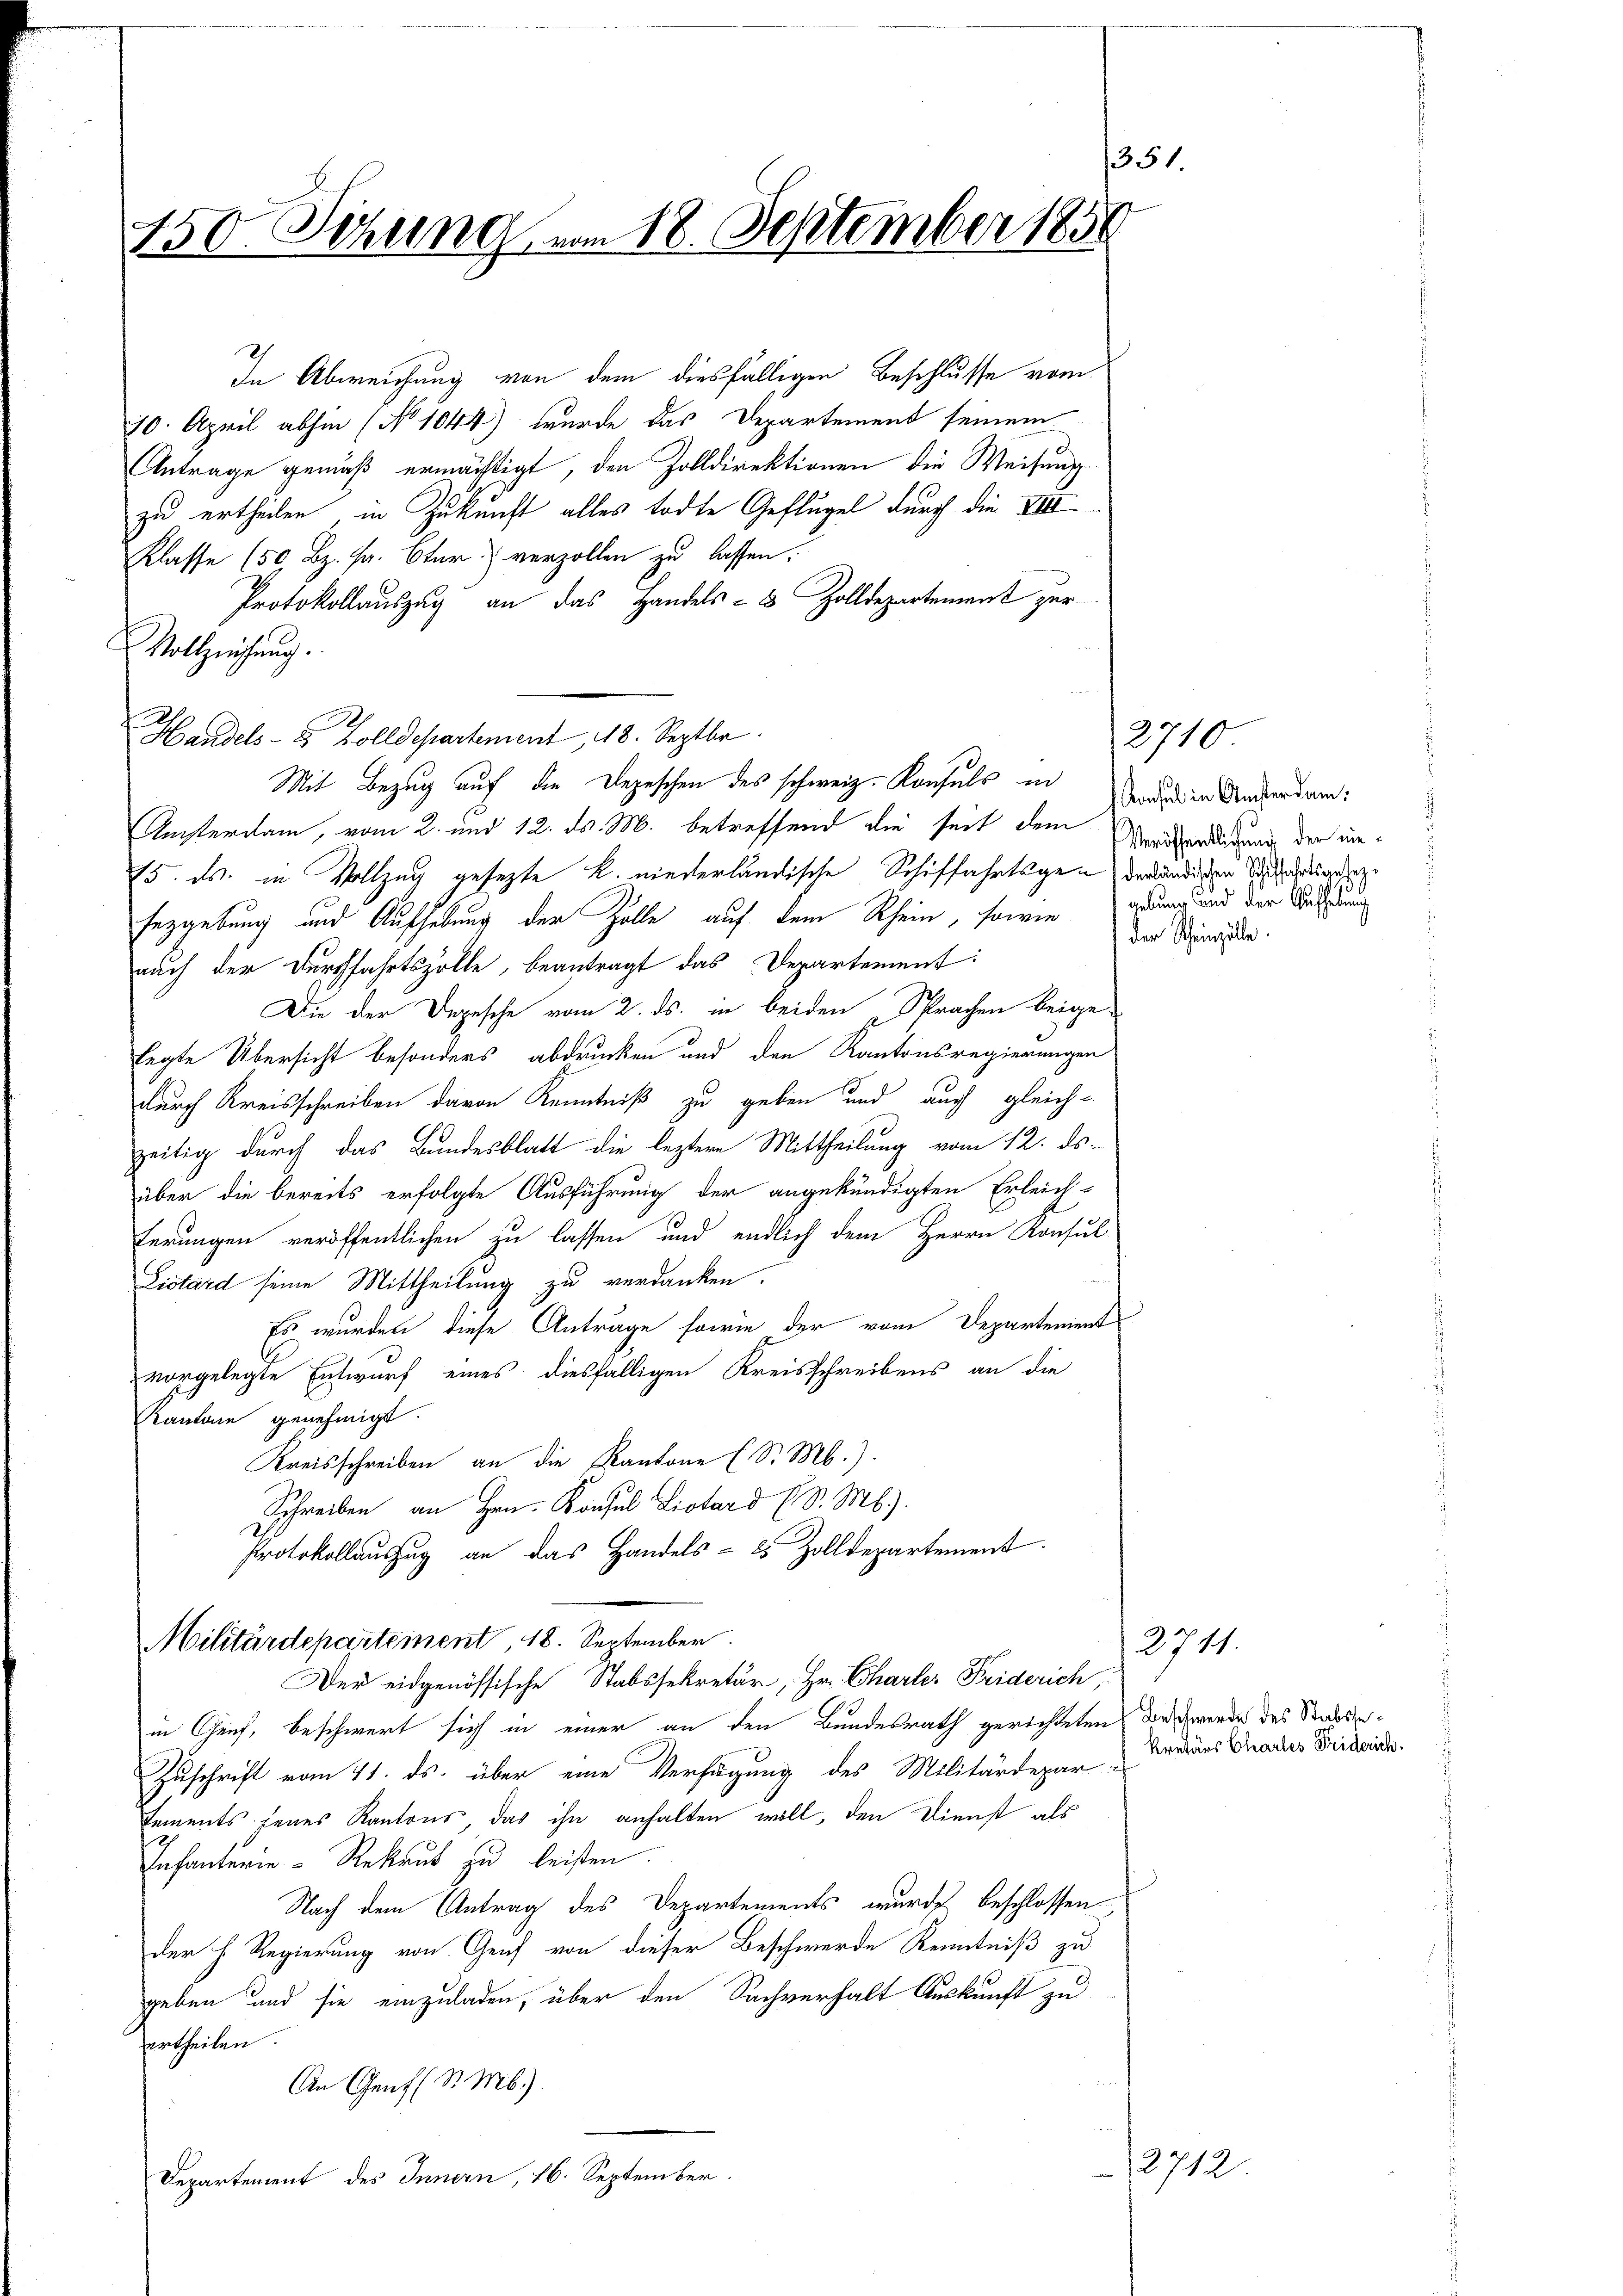
351
150. Sitzung vom 18. September 1850

In Abweichung von dem diesfälligen Beschlusse vom
10. April abhin (No 1044) wurde das Departement seinem
Antrage gemäß ermächtigt, den Zolldirektionen die Weiseng
zu ertheilen, in Zukunft alles todte Geflügel durch die VIII
Klasse (50 Bz. fr. Cter) verzollen zu lassen.
Protokollauszug an das Handels- & Zolldepartement zur
Vollziehung.
Handels- & Zolldepartement, 18. Septbr.
Mit Bezug auf die Depeschen des schweiz. Konsuls in den Andersam:
Amsterdam, vom 2. und 12. ds. M. betreffend die seit dem Vergnädigung der un¬
15. ds. in Vollzug gesezte R. niederländische Schiffahrtsgen verländigen die andesgesez¬
Fezgebung und Aufhebung der Zolle auf dem Rhein, sowie er und der Weisung
auch der Durchfahrtszolle, beantragt das Departement:
Die der Depesche vom 2. ds. in beiden Sprachen beigelegte Übersicht besonders abdrucken und den Kantonsregierungen
durch Kreisschreiben davon Kenntniß zu geben und auch gleich-
zeitig durch das Bundesblatt die leztere Mittheilung vom 12. ds.
über die bereits erfolgte Ausführung der angekündigten Erleich-
ferungen veröffentlichen zu lassen und endlich dem Herrn Konsul-
Listard seine Mittheilung zu verdanken.
Es wurden diese Anträge sowie der vom Departement
vorgelegte Entwurf eines diesfälligen Kreisschreibens an die
Kantone genehmigt.
Kreisschreiben an die Kantone (S. M.).
Schreiben an Hrn. Konsul Listard (S. M.).
Protokollauszug an das Handels- 85 Zolldepartement.
Militärdepartement, 18. September
Der eidgenössische Stabssekretär, Hr. Charler Freiderich,
in Genf, beschwert sich in einer an den Bundesrath gerichteten der werde des Stadtse¬
Zuschrift vom 11. ds. über eine Verfügung des Militärdepar-
tements jenes Kantons das ihn anhalten woll, den Dienst als
Infanterie-Rekrut zu leisten.
Nach dem Antrag des Departements wurde beschlossen,
der h. Regierung von Genf von dieser Beschwerde Kenntniß zu
geben und sie einzuladen, über den Sachverhalt Auskunft zu
ertheilen.
An Genf (S. M.).
Departement des Innern, 16. September.

2710

der Scheinzelle

kretärs Chartes Friderich.

2711.

2712.